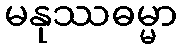
မနုဿဓမ္မာ